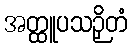
အတ္ထူပသဉှိတံ